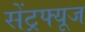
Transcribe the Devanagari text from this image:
सेंट्रफ्यूज